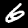
Label: 6